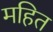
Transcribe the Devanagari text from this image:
महित